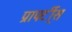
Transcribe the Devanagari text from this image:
प्रापर्टी्स